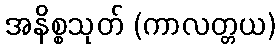
အနိစ္စသုတ် (ကာလတ္တယ)